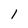
Character: I